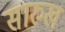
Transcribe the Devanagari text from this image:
सारुख